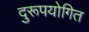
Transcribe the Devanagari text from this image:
दुरूपयोगित